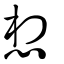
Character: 想